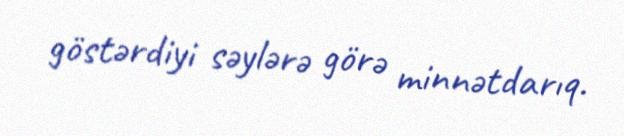
göstərdiyi səylərə görə minnətdarıq.